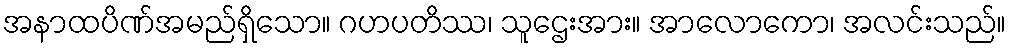
အနာထပိဏ်အမည်ရှိသော။ ဂဟပတိဿ၊ သူဌေးအား။ အာလောကော၊ အလင်းသည်။